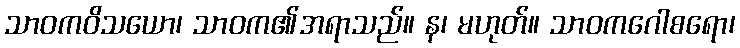
သာဝကဝိသယော၊ သာဝက၏အရာသည်။ န၊ မဟုတ်။ သာဝကဂေါစရော၊